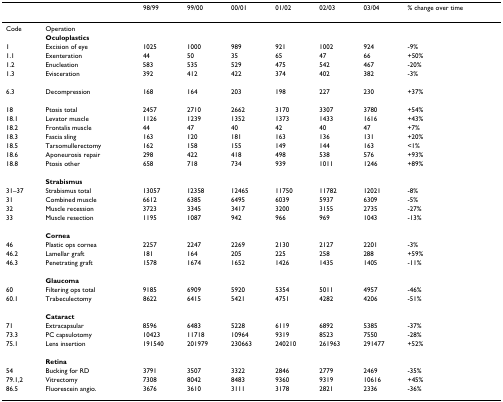
<table><thead><tr><td></td><td></td><td><b>98/99</b></td><td><b>99/00</b></td><td><b>00/01</b></td><td><b>01/02</b></td><td><b>02/03</b></td><td><b>03/04</b></td><td><b>% change over time</b></td></tr></thead><tbody><tr><td>Code</td><td>Operation</td><td></td><td></td><td></td><td></td><td></td><td></td><td></td></tr><tr><td></td><td><b>Oculoplastics</b></td><td></td><td></td><td></td><td></td><td></td><td></td><td></td></tr><tr><td>1</td><td>Excision of eye</td><td>1025</td><td>1000</td><td>989</td><td>921</td><td>1002</td><td>924</td><td>-9%</td></tr><tr><td>1.1</td><td>Exenteration</td><td>44</td><td>50</td><td>35</td><td>65</td><td>47</td><td>66</td><td>+50%</td></tr><tr><td>1.2</td><td>Enucleation</td><td>583</td><td>535</td><td>529</td><td>475</td><td>542</td><td>467</td><td>-20%</td></tr><tr><td>1.3</td><td>Evisceration</td><td>392</td><td>412</td><td>422</td><td>374</td><td>402</td><td>382</td><td>-3%</td></tr><tr><td>6.3</td><td>Decompression</td><td>168</td><td>164</td><td>203</td><td>198</td><td>227</td><td>230</td><td>+37%</td></tr><tr><td>18</td><td>Ptosis total</td><td>2457</td><td>2710</td><td>2662</td><td>3170</td><td>3307</td><td>3780</td><td>+54%</td></tr><tr><td>18.1</td><td>Levator muscle</td><td>1126</td><td>1239</td><td>1352</td><td>1373</td><td>1433</td><td>1616</td><td>+43%</td></tr><tr><td>18.2</td><td>Frontalis muscle</td><td>44</td><td>47</td><td>40</td><td>42</td><td>40</td><td>47</td><td>+7%</td></tr><tr><td>18.3</td><td>Fascia sling</td><td>163</td><td>120</td><td>181</td><td>163</td><td>136</td><td>131</td><td>+20%</td></tr><tr><td>18.5</td><td>Tarsomullerectomy</td><td>162</td><td>158</td><td>155</td><td>149</td><td>144</td><td>163</td><td>&lt;1%</td></tr><tr><td>18.6</td><td>Aponeurosis repair</td><td>298</td><td>422</td><td>418</td><td>498</td><td>538</td><td>576</td><td>+93%</td></tr><tr><td>18.8</td><td>Ptosis other</td><td>658</td><td>718</td><td>734</td><td>939</td><td>1011</td><td>1246</td><td>+89%</td></tr><tr><td></td><td><b>Strabismus</b></td><td></td><td></td><td></td><td></td><td></td><td></td><td></td></tr><tr><td>31–37</td><td>Strabismus total</td><td>13057</td><td>12358</td><td>12465</td><td>11750</td><td>11782</td><td>12021</td><td>-8%</td></tr><tr><td>31</td><td>Combined muscle</td><td>6612</td><td>6385</td><td>6495</td><td>6039</td><td>5937</td><td>6309</td><td>-5%</td></tr><tr><td>32</td><td>Muscle recession</td><td>3723</td><td>3345</td><td>3417</td><td>3200</td><td>3155</td><td>2735</td><td>-27%</td></tr><tr><td>33</td><td>Muscle resection</td><td>1195</td><td>1087</td><td>942</td><td>966</td><td>969</td><td>1043</td><td>-13%</td></tr><tr><td></td><td><b>Cornea</b></td><td></td><td></td><td></td><td></td><td></td><td></td><td></td></tr><tr><td>46</td><td>Plastic ops cornea</td><td>2257</td><td>2247</td><td>2269</td><td>2130</td><td>2127</td><td>2201</td><td>-3%</td></tr><tr><td>46.2</td><td>Lamellar graft</td><td>181</td><td>164</td><td>205</td><td>225</td><td>258</td><td>288</td><td>+59%</td></tr><tr><td>46.3</td><td>Penetrating graft</td><td>1578</td><td>1674</td><td>1652</td><td>1426</td><td>1435</td><td>1405</td><td>-11%</td></tr><tr><td></td><td><b>Glaucoma</b></td><td></td><td></td><td></td><td></td><td></td><td></td><td></td></tr><tr><td>60</td><td>Filtering ops total</td><td>9185</td><td>6909</td><td>5920</td><td>5354</td><td>5011</td><td>4957</td><td>-46%</td></tr><tr><td>60.1</td><td>Trabeculectomy</td><td>8622</td><td>6415</td><td>5421</td><td>4751</td><td>4282</td><td>4206</td><td>-51%</td></tr><tr><td></td><td><b>Cataract</b></td><td></td><td></td><td></td><td></td><td></td><td></td><td></td></tr><tr><td>71</td><td>Extracapsular</td><td>8596</td><td>6483</td><td>5228</td><td>6119</td><td>6892</td><td>5385</td><td>-37%</td></tr><tr><td>73.3</td><td>PC capsulotomy</td><td>10423</td><td>11718</td><td>10964</td><td>9319</td><td>8523</td><td>7550</td><td>-28%</td></tr><tr><td>75.1</td><td>Lens insertion</td><td>191540</td><td>201979</td><td>230663</td><td>240210</td><td>261963</td><td>291477</td><td>+52%</td></tr><tr><td></td><td><b>Retina</b></td><td></td><td></td><td></td><td></td><td></td><td></td><td></td></tr><tr><td>54</td><td>Bucking for RD</td><td>3791</td><td>3507</td><td>3322</td><td>2846</td><td>2779</td><td>2469</td><td>-35%</td></tr><tr><td>79.1,2</td><td>Vitrectomy</td><td>7308</td><td>8042</td><td>8483</td><td>9360</td><td>9319</td><td>10616</td><td>+45%</td></tr><tr><td>86.5</td><td>Fluorescein angio.</td><td>3676</td><td>3610</td><td>3111</td><td>3178</td><td>2821</td><td>2336</td><td>-36%</td></tr></tbody></table>